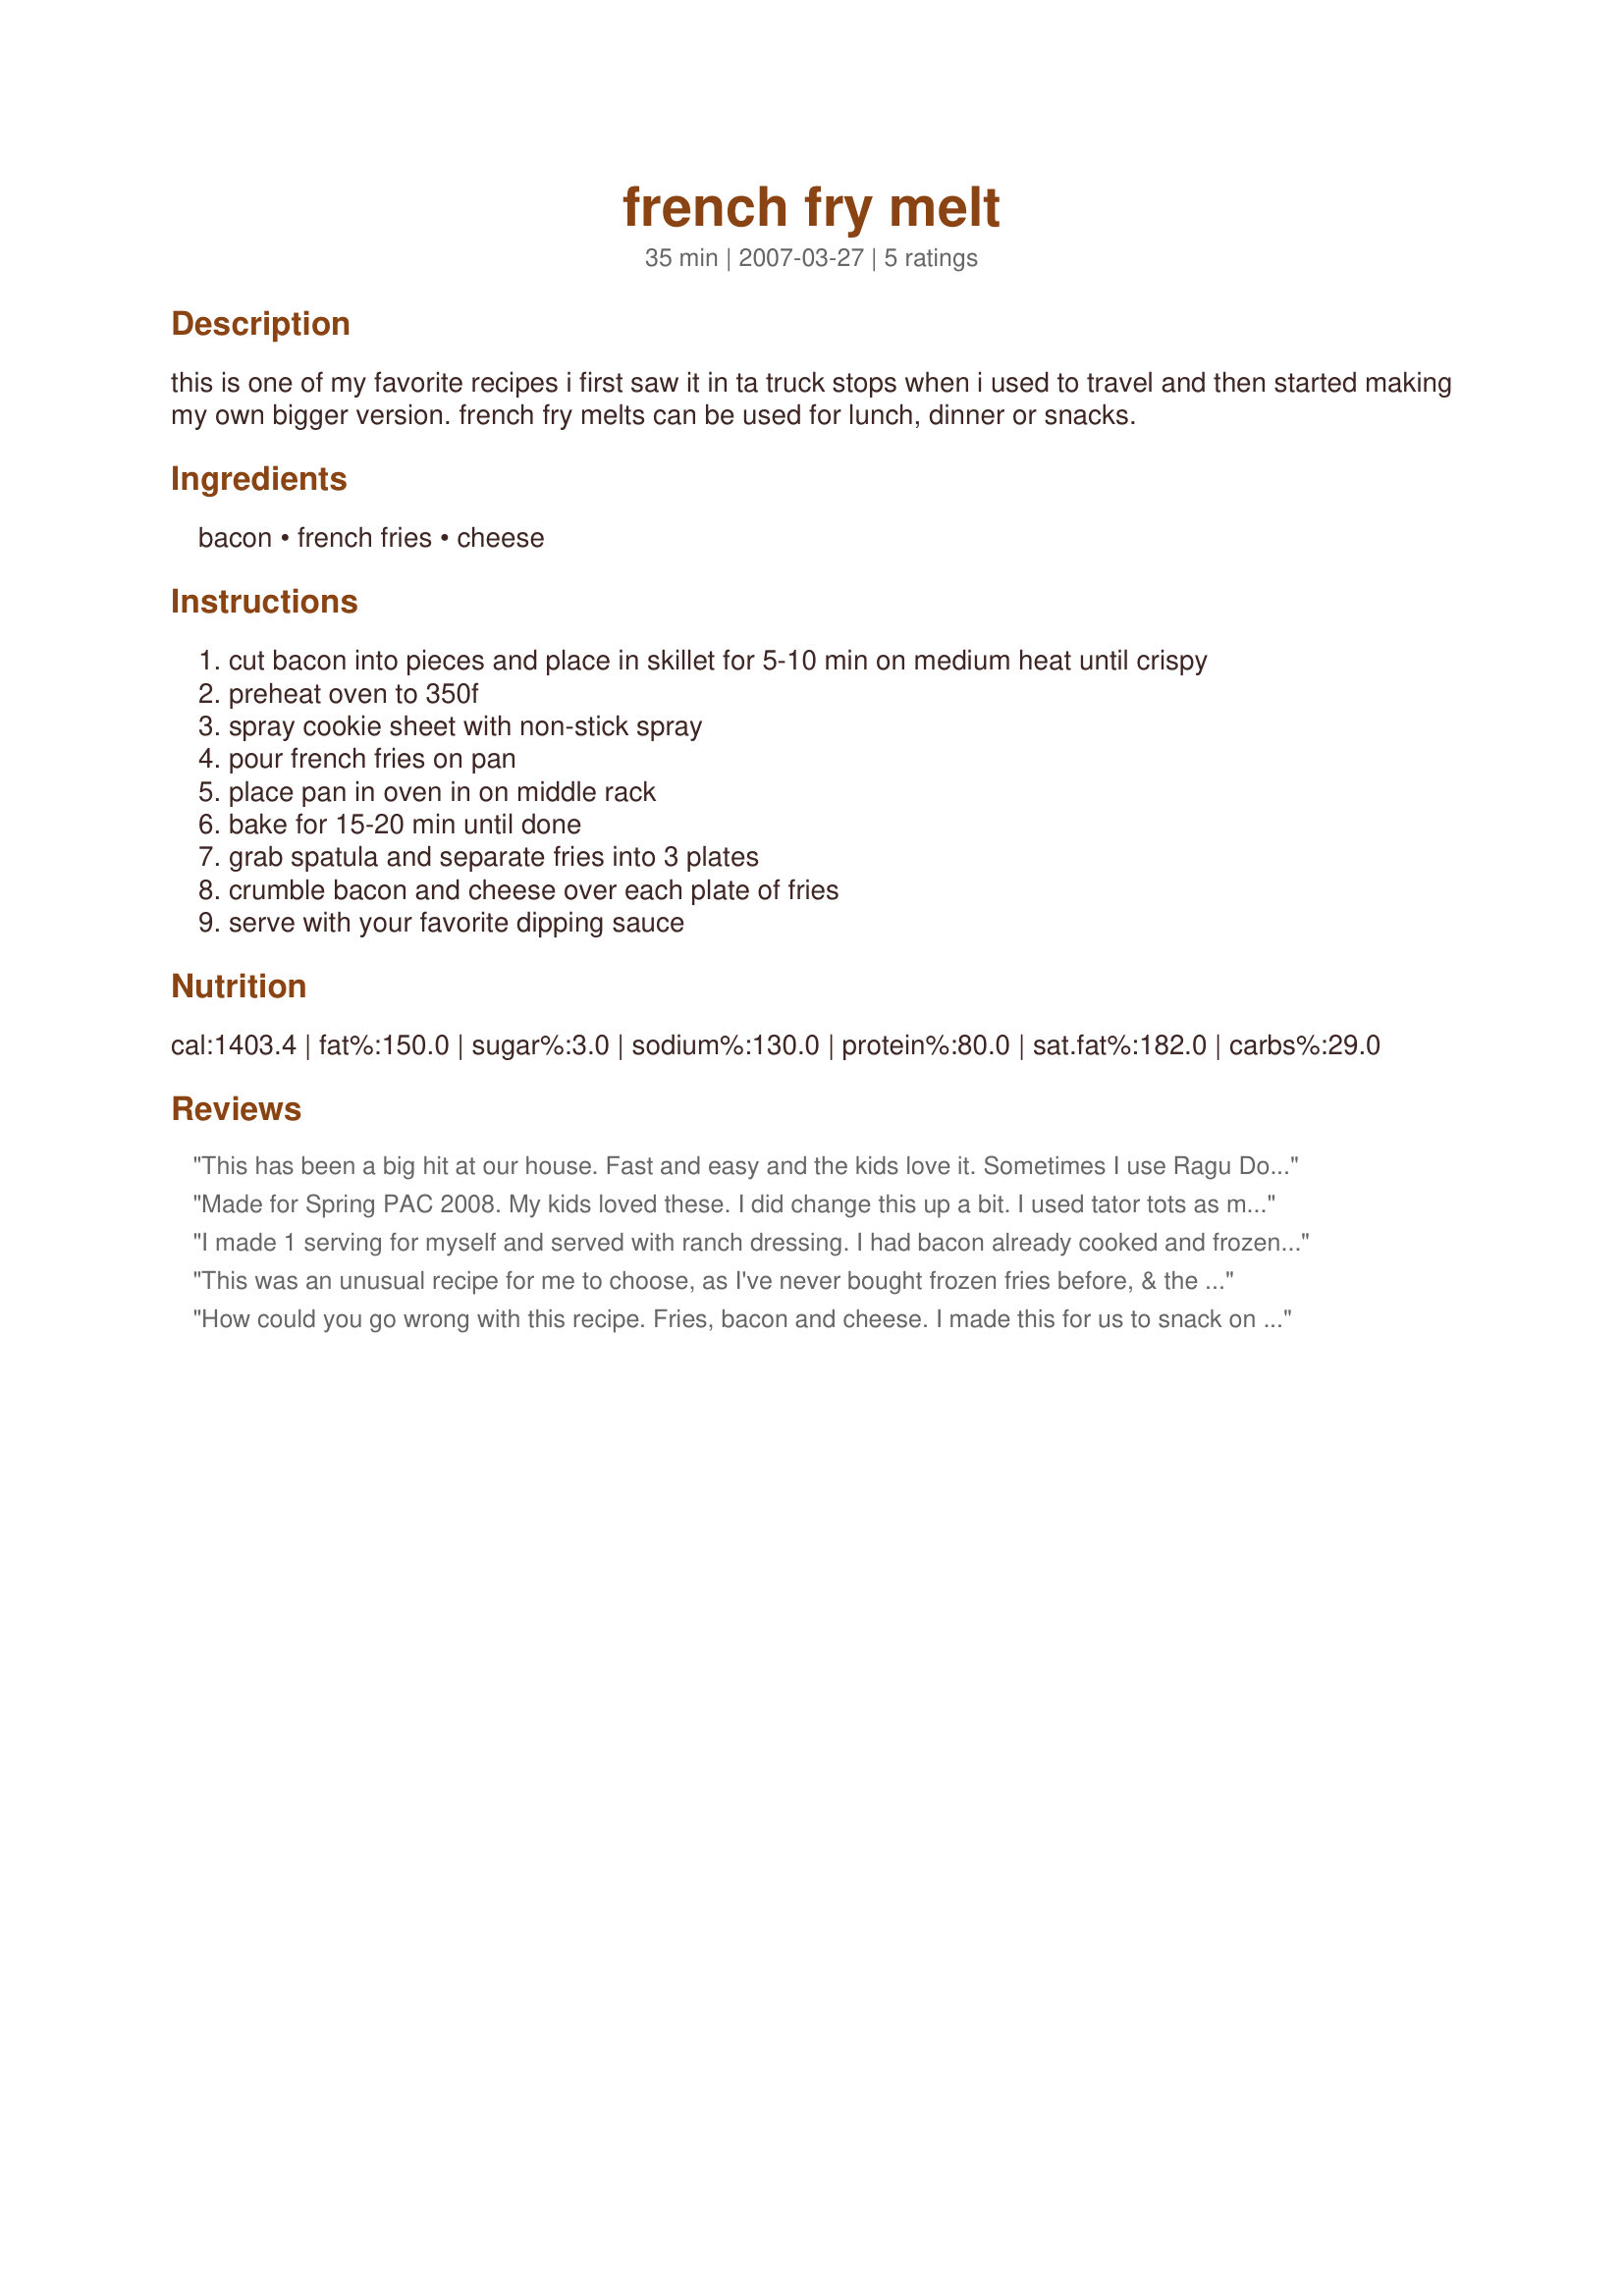
french fry melt
Preparation time: 35 minutes

this is one of my favorite recipes i first saw it in ta truck stops when i used to travel and then started making my own bigger version. french fry melts can be used for lunch, dinner or snacks.

Ingredients:
bacon, french fries, cheese

Steps:
cut bacon into pieces and place in skillet for 5-10 min on medium heat until crispy
preheat oven to 350f
spray cookie sheet with non-stick spray
pour french fries on pan
place pan in oven in on middle rack
bake for 15-20 min until done
grab spatula and separate fries into 3 plates
crumble bacon and cheese over each plate of fries
serve with your favorite dipping sauce

Reviews:
This has been a big hit at our house. Fast and easy and the kids love it. Sometimes I use Ragu Double Cheddar and lots of cheddar cheese.
Made for Spring PAC 2008. My kids loved these. I did change this up a bit. I used tator tots as my kids like them better then french fries. I also used precooked bacon. I used cheddar cheese. I cooked the tots and during the last 5 minutes of cooking, I added the chopped bason and cheese. Everyone really enjoyed these.
I made 1 serving for myself and served with ranch dressing. I had bacon already cooked and frozen so I just laid a strip on the cookie sheet near the end of baking the fries to warm thru. Nice snack. *Made for Spring PAC 2009*
This was an unusual recipe for me to choose, as I've never bought frozen fries before, & the family was quite intrigued. They were seasoned fries, but I'm not sure I'd call it seasoned. The recipe is a great idea; we love bacon on anything & the ranch dressing for dipping was a good choice. If I make it again I think I'll add a little garlic & onion powder to the fries. It made a fun side dish to our sandwich night. Thanks for sharing WacoCookGirl! Made, enjoyed & reviewed for Pick-A-Chef Spring 2008.
How could you go wrong with this recipe. Fries, bacon and cheese. I made this for us to snack on while watching the Stanley Cup playoffs. Dh just loved them. Next time he aked if I could add more cheese. Thanks for a great recipe. Made for Spring PAC 2008.
